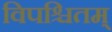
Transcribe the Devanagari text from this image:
विपश्चितम्